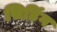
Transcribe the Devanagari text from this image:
सिडिंग